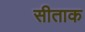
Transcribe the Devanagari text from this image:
सीताक